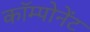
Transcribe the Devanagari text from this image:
काॅम्पोनेंट